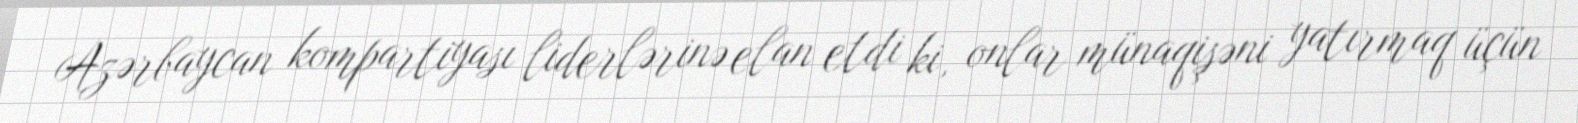
Azərbaycan kompartiyası liderlərinə elan etdi ki, onlar münaqişəni yatırmaq üçün